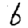
Digit: 6